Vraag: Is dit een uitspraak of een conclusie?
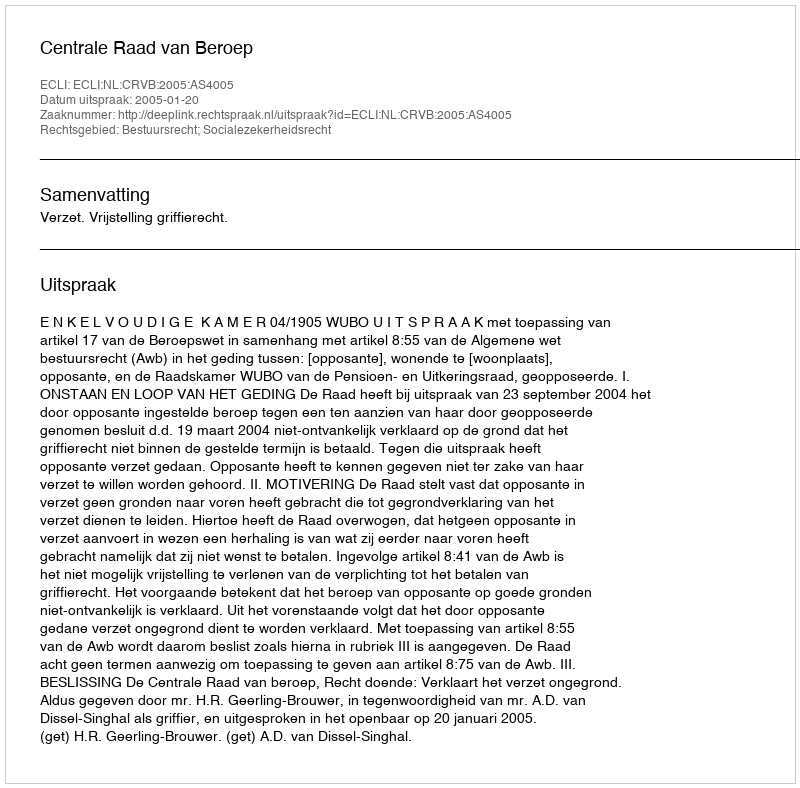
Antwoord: Uitspraak